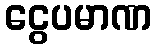
ငွေပမာဏ